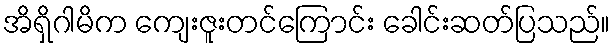
အိရှိဂါမိက ကျေးဇူးတင်ကြောင်း ခေါင်းဆတ်ပြသည်။